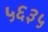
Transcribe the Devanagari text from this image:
५६३५